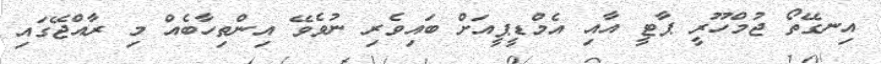
އިނގޭތޯ ޖުމްހޫރީ ޕާޓީ އާއި އެމްޑީޕީއަށް ބައިވެރި ނުވެވޭ އިންތިހާބެއް މި ރާއްޖޭގައި